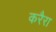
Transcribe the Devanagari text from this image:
करैरा